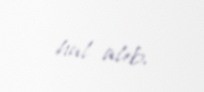
hal alıb.